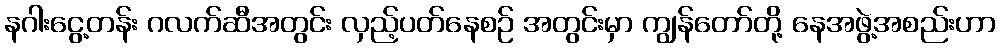
နဂါးငွေ့တန်း ဂလက်ဆီအတွင်း လှည့်ပတ်နေစဉ် အတွင်းမှာ ကျွန်တော်တို့ နေအဖွဲ့အစည်းဟာ